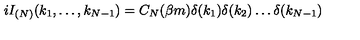
i I _ { ( N ) } ( k _ { 1 } , \dots , k _ { N - 1 } ) = C _ { N } ( \beta m ) \delta ( k _ { 1 } ) \delta ( k _ { 2 } ) \dots \delta ( k _ { N - 1 } )